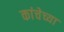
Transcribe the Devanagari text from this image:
कांचेच्या